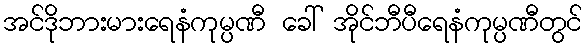
အင်ဒိုဘားမားရေနံကုမ္ပဏီ ခေါ် အိုင်ဘီပီရေနံကုမ္ပဏီတွင်